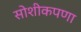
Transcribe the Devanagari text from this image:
सोशीकपणा